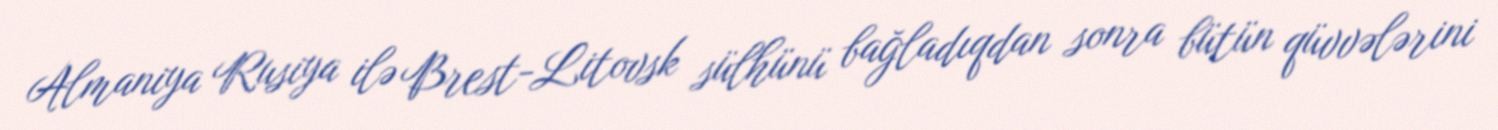
Almaniya Rusiya ilə Brest-Litovsk sülhünü bağladıqdan sonra bütün qüvvələrini